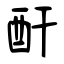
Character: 酐